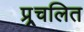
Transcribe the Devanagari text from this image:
प्र्र्रचलित